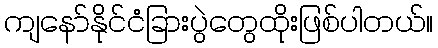
ကျနော်နိုင်ငံခြားပွဲတွေထိုးဖြစ်ပါတယ်။